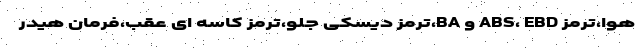
هوا،ترمز ABS، EBD و BA،ترمز دیسکی جلو،ترمز کاسه ای عقب،فرمان هیدر